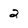
Character: 2